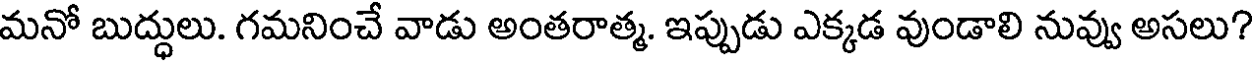
మనో బుద్ధులు. గమనించే వాడు అంతరాత్మ. ఇప్పుడు ఎక్కడ వుండాలి నువ్వు అసలు?